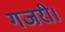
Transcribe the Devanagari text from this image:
गजरी।